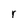
Character: r